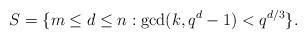
LaTeX: \begin{align*}S=\{ m \le d \le n: \gcd(k,q^d-1) < q^{d/3}\}.\end{align*}